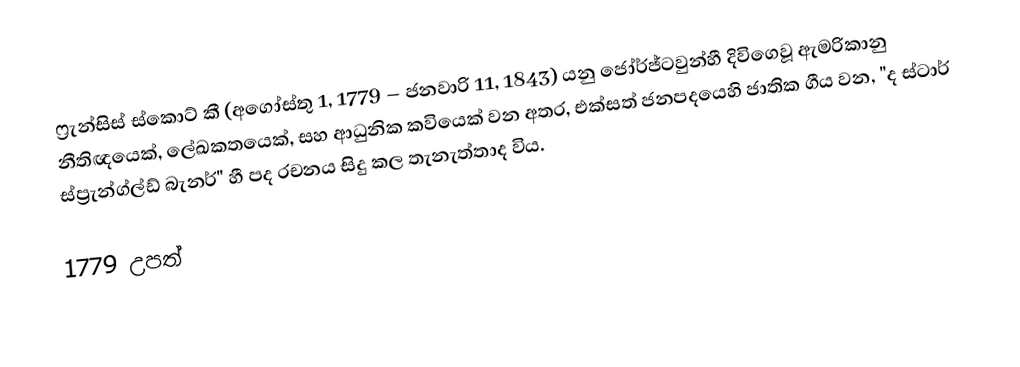
ෆ්‍රැන්සිස් ස්කොට් කී (අගෝස්තු 1, 1779 – ජනවාරි 11, 1843) යනු ජෝර්ජ්ටවුන්හී දිවිගෙවූ ඇමරිකානු නීතිඥයෙක්, ලේඛකතයෙක්, සහ ආධුනික කවියෙක් වන අතර,  එක්සත් ජනපදයෙහි ජාතික ගීය වන, "ද ස්ටාර් ස්ප්‍රැන්ග්ල්ඩ් බැනර්" හී පද රචනය සිදු කල තැනැත්තාද විය.

1779 උපත්